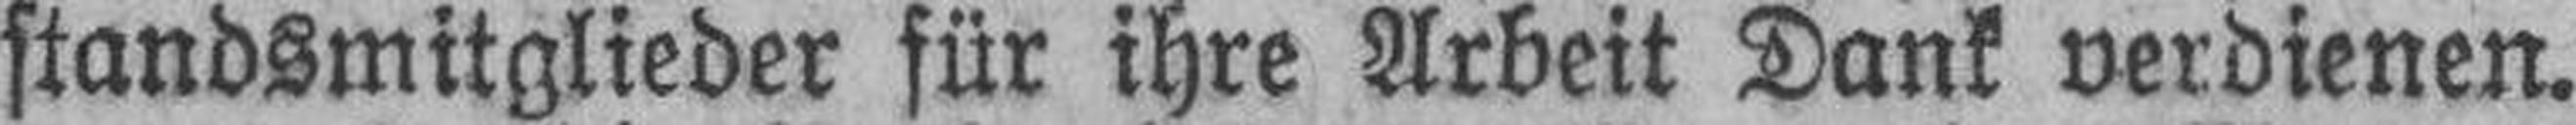
standsmitglieder für ihre Arbeit Dank verdienen.